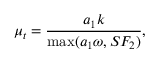
\mu _ { t } = \frac { a _ { 1 } k } { \operatorname* { m a x } ( a _ { 1 } \omega , S F _ { 2 } ) } ,